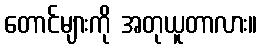
တောင်များကို အတုယူတာလား။